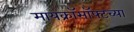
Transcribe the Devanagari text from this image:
मायक्रॉसॉफ्टच्या